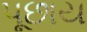
પૂછાય